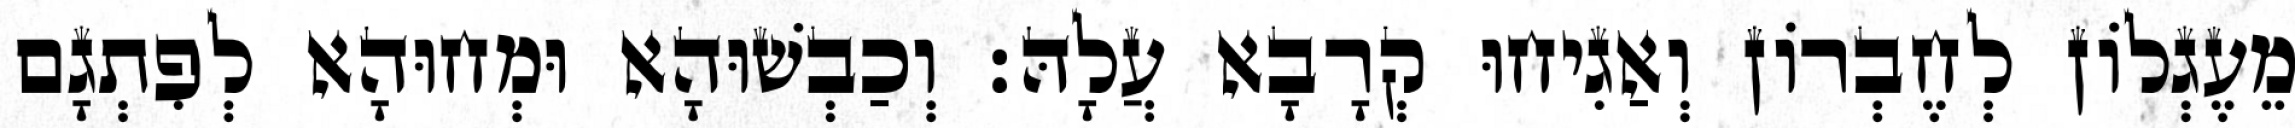
מֵעֶגְלוֹן לְחֶבְרוֹן וְאַגִיחוּ קְרָבָא עֲלָהּ׃ וְכַבְשׁוּהָא וּמְחוּהָא לְפִתְגָם